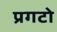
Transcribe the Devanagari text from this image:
प्रगटो